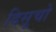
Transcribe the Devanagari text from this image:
दिसूचो